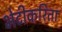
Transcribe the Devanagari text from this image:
भेटीकरिता